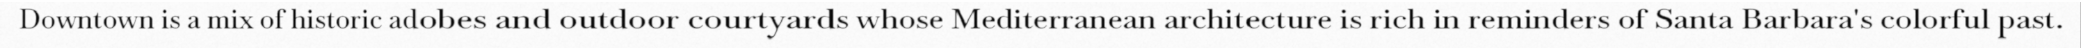
Downtown is a mix of historic adobes and outdoor courtyards whose Mediterranean architecture is rich in reminders of Santa Barbara's colorful past.